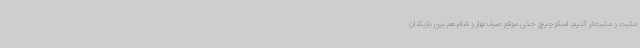
مثبت و مثبت‌تر کنیم. اسکوچیچ حتی موقع صرف نهار و شام هم بین بازیکنان